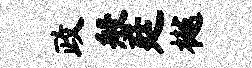
政般廷樾